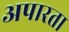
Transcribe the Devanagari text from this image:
अपारता